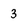
Character: 3